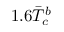
1 . 6 \Bar { T } _ { c } ^ { b }